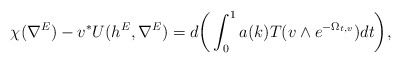
\begin{align*}\chi(\nabla^E)-v^*U(h^E, \nabla^E)=d\bigg(\int^1_0a(k)T(v\wedge e^{-\Omega_{t, v}})dt\bigg),\end{align*}